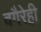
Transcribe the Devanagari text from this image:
वगैरेही